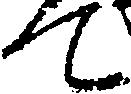
て